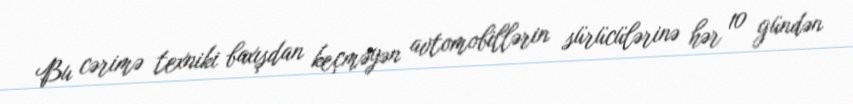
Bu cərimə texniki baxışdan keçməyən avtomobillərin sürücülərinə hər 10 gündən